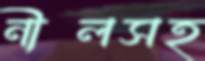
নীলসহ